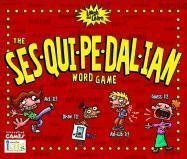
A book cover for The Sesquipedalian Word Game: Act it! Draw it! Ad-Lib it! Guess it! (Laugh and Learn); Teen & Young Adult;